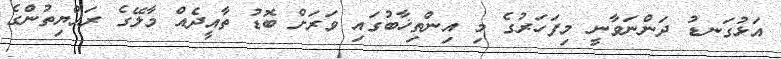
އަޅުގަނޑު ދަންނަވާނީ މިފަހަރުގެ މި އިންތިޚާބުގައި ވަރަށް ބޮޑު ތާއީދެއް މާލޭގެ ރައްޔިތުންގެ